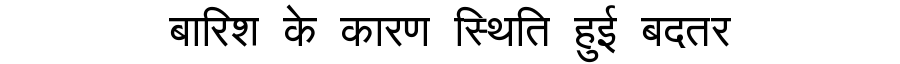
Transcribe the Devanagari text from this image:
बारिश के कारण स्थिति हुई बदतर